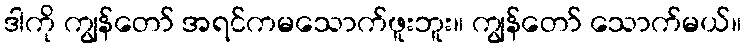
ဒါကို ကျွန်တော် အရင်ကမသောက်ဖူးဘူး။ ကျွန်တော် သောက်မယ်။